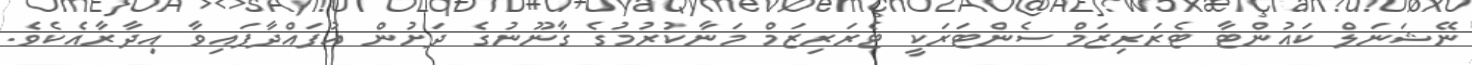
ނޭޝަނަލް ކައުންޓާ ޓެރަރިޒަމް ސެންޓަރަކީ ޓެރަރިޒަމް މަނާކުރުމުގެ ގާނޫނުގެ ދަށުން އުފައްދާފައިވާ އިދާރާއެކެވެ.